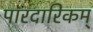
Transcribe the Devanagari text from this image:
पारदारिकम्